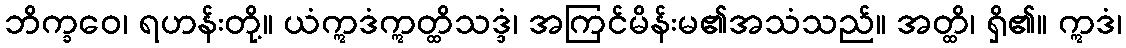
ဘိက္ခဝေ၊ ရဟန်းတို့။ ယံဣဒံဣတ္ထိသဒ္ဒံ၊ အကြင်မိန်းမ၏အသံသည်။ အတ္ထိ၊ ရှိ၏။ ဣဒံ၊